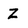
Character: Z